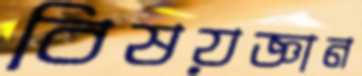
বিষয়জ্ঞান